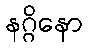
နဂ္ဂိနော